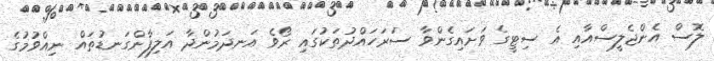
ލޮސް އެންޖެލީސްއާއި އެ ސިޓީގެ ވަށައިގެންވާ ސަރަހައްދުތަކުގައި ރޯވެ އަނދަމުންދާ އަލިފާންގަނޑުތައް ނިއްވުމުގެ